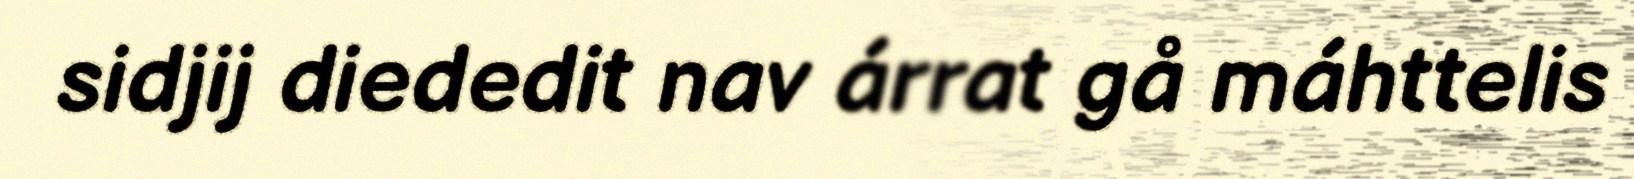
sidjij diededit nav árrat gå máhttelis